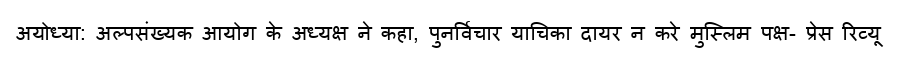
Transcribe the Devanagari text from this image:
अयोध्या: अल्पसंख्यक आयोग के अध्यक्ष ने कहा, पुनर्विचार याचिका दायर न करे मुस्लिम पक्ष- प्रेस रिव्यू